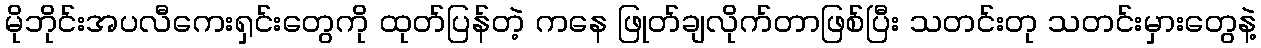
မိုဘိုင်းအပလီကေးရှင်းတွေကို ထုတ်ပြန်တဲ့ ကနေ ဖြုတ်ချလိုက်တာဖြစ်ပြီး သတင်းတု သတင်းမှားတွေနဲ့